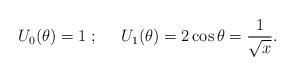
LaTeX: \begin{align*}U_0(\theta)=1\;;\;\;\;\;\; U_1(\theta)=2\cos\theta=\frac{1}{\sqrt x}.\end{align*}